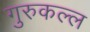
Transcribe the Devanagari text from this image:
गुरुकल्ल